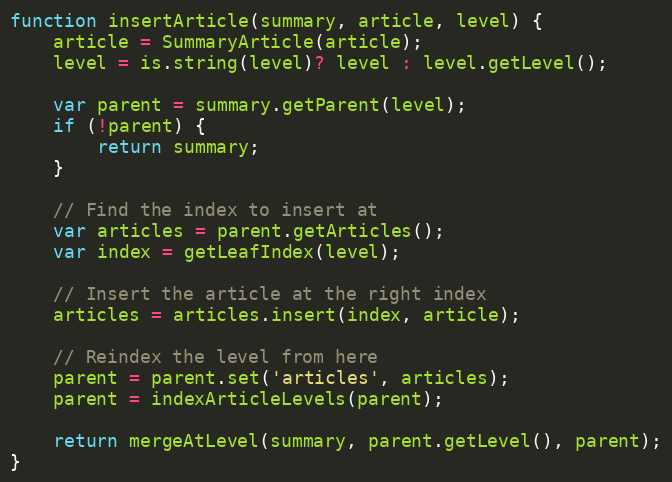
Language: JavaScript
function insertArticle(summary, article, level) {
    article = SummaryArticle(article);
    level = is.string(level)? level : level.getLevel();

    var parent = summary.getParent(level);
    if (!parent) {
        return summary;
    }

    // Find the index to insert at
    var articles = parent.getArticles();
    var index = getLeafIndex(level);

    // Insert the article at the right index
    articles = articles.insert(index, article);

    // Reindex the level from here
    parent = parent.set('articles', articles);
    parent = indexArticleLevels(parent);

    return mergeAtLevel(summary, parent.getLevel(), parent);
}